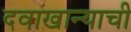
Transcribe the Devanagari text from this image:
दवाखान्याची